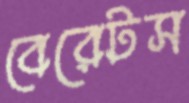
বেরেটস